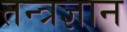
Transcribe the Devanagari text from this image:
तन्त्रज्ञान